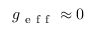
g _ { \mathrm { ~ e ~ f ~ f ~ } } \approx 0